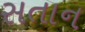
સતાન